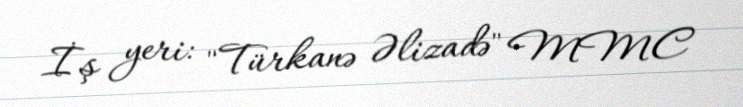
İş yeri: "Türkanə Əlizadə" MMC